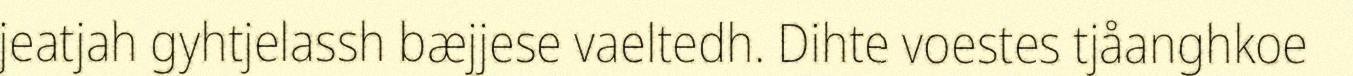
jeatjah gyhtjelassh bæjjese vaeltedh. Dihte voestes tjåanghkoe